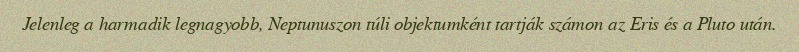
Jelenleg a harmadik legnagyobb, Neptunuszon túli objektumként tartják számon az Eris és a Pluto után.